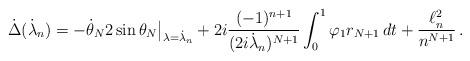
LaTeX: \begin{align*}\dot \Delta(\dot \lambda_n) = -\dot\theta_N2 \sin \theta_N\big|_{\lambda = \dot \lambda_n}+ 2i \frac{(-1)^{n+1}}{(2i \dot \lambda_n)^{N+1}}\int_0^1\varphi_1 r_{N+1}\,dt + \frac{\ell^2_n}{n^{N+1}} \, .\end{align*}